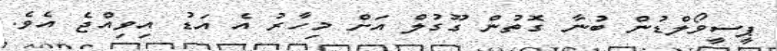
ޕީސީވޯލްޑުން ބުނާ ގޮތުން ގޫގުލް އަށް މިހާރު އެ އަޑު އިވިއްޖެ އެވެ.